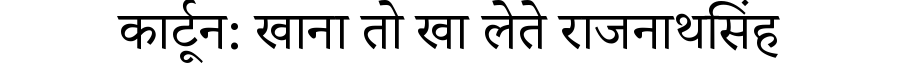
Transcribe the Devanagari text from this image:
कार्टून: खाना तो खा लेते राजनाथसिंह